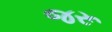
જરૂ